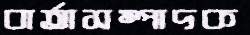
বার্তাসম্পাদক